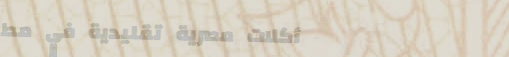
أكلات مصرية تقليدية في مط